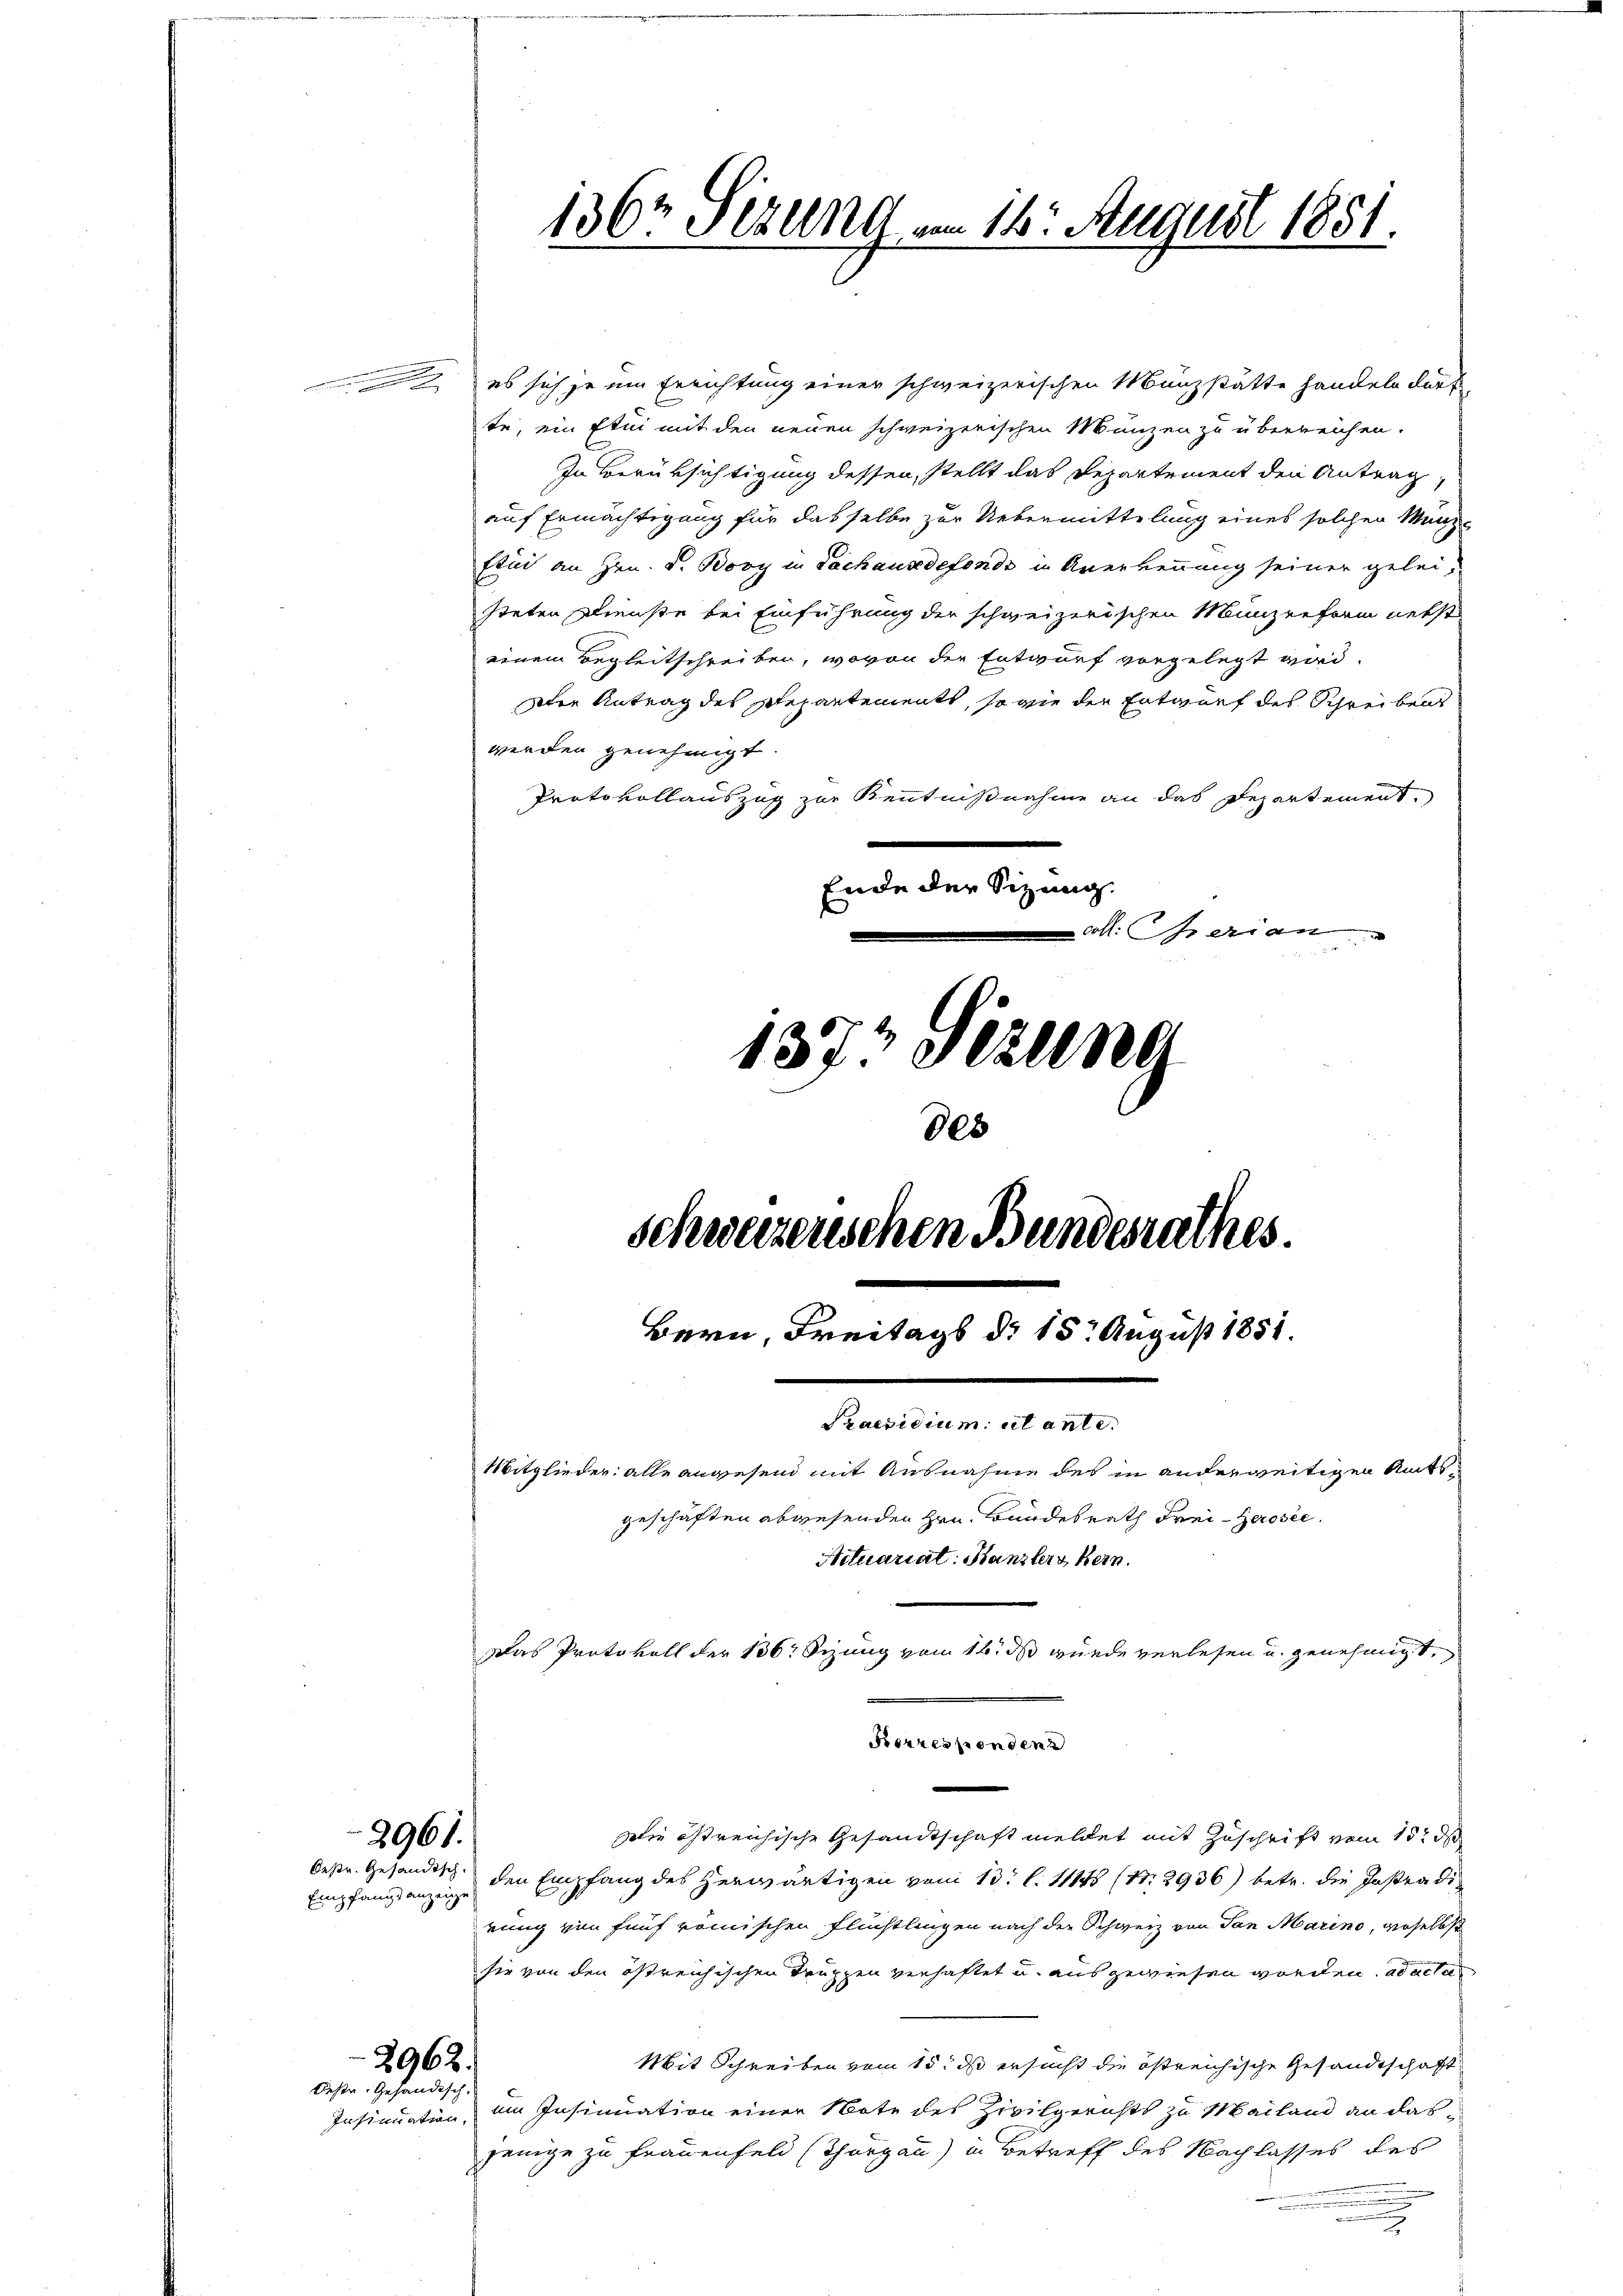
Empfangsanzeige

2961.

es sich je um Errichtung einer schweizerischen Münzstätte handeln dürf
te, ein Etui mit den neuen schweizerischen Münzen zu überreichen.
In Berüksichtigung dessen, stellt das Departement den Antrag,
auf Ermächtigung für dasselbe zur Uebermittelung eines solchen Muni-
Etui an Hrn. F. Bovy in Lachausdefonds in Anerkennung seiner geleisteten Dienste bei Einführung der schweizerischen Münzreform nebst
einem Begleitschreiben, wovon der Entwurf vorgelegt wird.
dten Antrag des Schepartements, so wie der Entwurf des Schreibens
werden genehmigt.
Protokollauszug zur Kenntnißnahme an das Repartement,
Ende der Sizung.
all. perian

2962.
deste Gehändisch.

136t Fezung am 16. August 1851.

1373 Sekung
88
schwerzenschen Bundesrathes.
Bern, Freitags d. 15. August 1851.
Praesidium ut ante.
Mitglieder: alle angesend mit Ausnahme des in anderweitigen Amtsgeschäften abwesenden Hrn. Bundesrath Frei-Gerosie
Actuariat: Kanzlers kein
Das Protokoll der 136. Sizung vom 16. ds wurde verlesen u. genehmigt.

Die östreichische Gesandtschaft meldet mit Zuschrift vom 15t d
Deße. Gesandtsch den Empfang des herwärtigen vom 13. l. 11148 (Nr. 2936) betr. die Instradi
rung von fünf römischen Flüchtlingen nach der Schweiz von San Marino, wieselbst
sie von den östreichischen Truppen verhaftet u. ausgewiesen worden, ad acta
Mit Schreiben vom 15. ds ersucht die östreichische Gesandtschaft
Insinuation, im Insinuation einer Note des Zivilgerichts zu Mailand an dasjenige zu Frauenfeld (Thurgau) in Betreff des Nachlasses des
u

Fores sonder